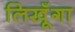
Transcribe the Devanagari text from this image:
लिखूँगा